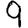
Digit: 9